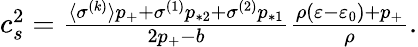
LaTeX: \begin{array}{r}{c_{s}^{2}=\frac{\langle\sigma^{(k)}\rangle p_{+}+\sigma^{(1)}p_{*2}+\sigma^{(2)}p_{*1}}{2p_{+}-b}\frac{\rho(\varepsilon-\varepsilon_{0})+p_{+}}{\rho}.}\end{array}